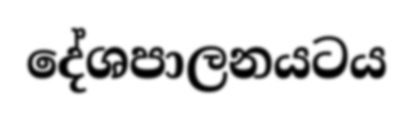
දේශපාලනයටය